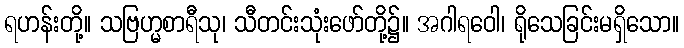
ရဟန်းတို့။ သဗြဟ္မစာရီသု၊ သီတင်းသုံးဖော်တို့၌။ အဂါရဝေါ၊ ရိုသေခြင်းမရှိသော။